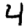
Digit: 4